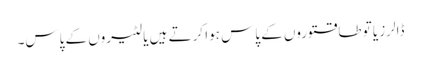
ڈالرز یا تو طاقتوروں کے پاس ہوا کرتے ہیں یا لٹیروں کے پاس۔